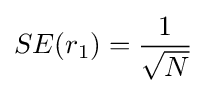
SE(r_{1})={\frac {1}{\sqrt {N}}}